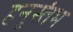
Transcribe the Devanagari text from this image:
हनुस्तंभ